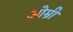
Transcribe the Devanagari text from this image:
ओम्री